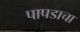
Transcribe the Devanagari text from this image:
पापडाचा